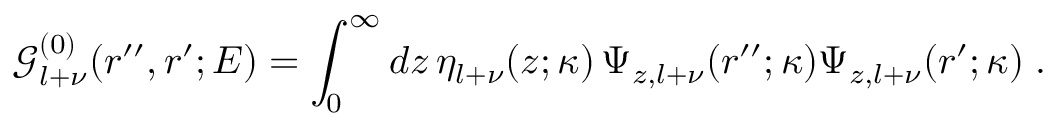
{ \mathcal G } _ { l + \nu } ^ { ( 0 ) } ( r ^ { \prime \prime } , r ^ { \prime } ; E ) = \int _ { 0 } ^ { \infty } d z \, \eta _ { l + \nu } ( z ; \kappa ) \, \Psi _ { z , l + \nu } ( r ^ { \prime \prime } ; \kappa ) \Psi _ { z , l + \nu } ( r ^ { \prime } ; \kappa ) \; .